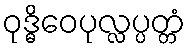
ဝုဒ္ဓိဝေပုလ္လပ္ပတ္တံ